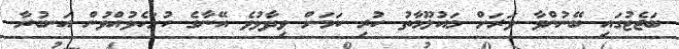
ބަޖެޓުގައި ބޭނުންވާ ވަރަށް މައުލޫމާތު ހުރި ކަމަށް ވިދާޅުވެ އޭނާގެ ހުށަހެޅުއްވުން އަނބުރާ